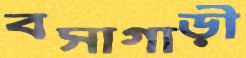
বসাগাড়ী